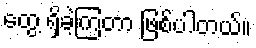
တွေ့ ရှိခဲ့ကြတာ ဖြစ်ပါတယ်။